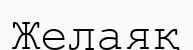
Желаяқ